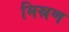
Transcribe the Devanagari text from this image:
मिस्रण